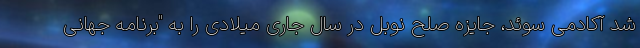
شد آکادمی سوئد، جایزه صلح نوبل در سال جاری میلادی را به "برنامه جهانی